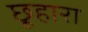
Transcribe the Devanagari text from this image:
छूहारा